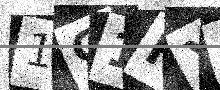
Text: 1G1HXA